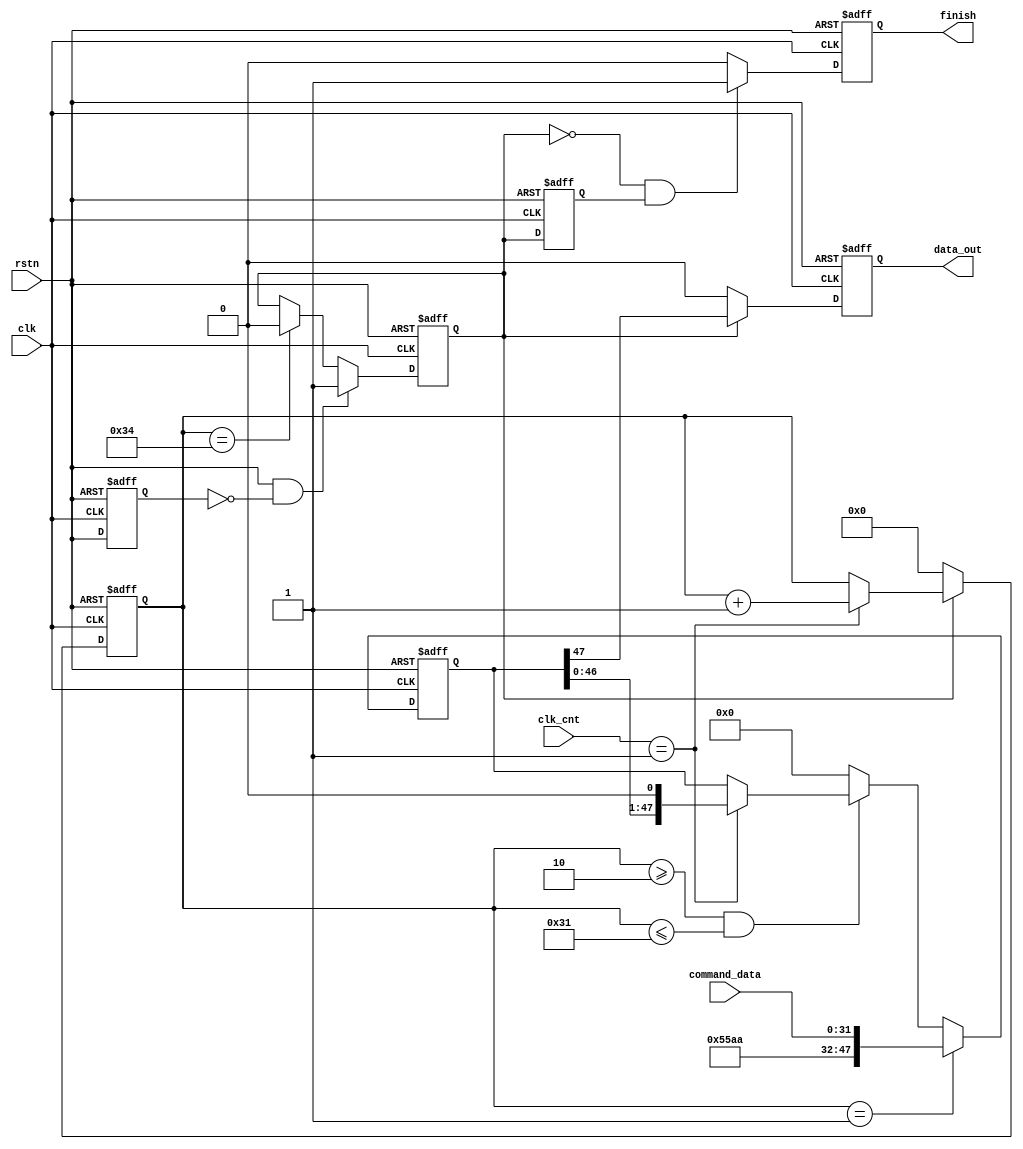
module HDLC_command_tx (
                        clk,
						rstn,
						clk_cnt,
						command_data,
						data_out,
						finish
						);

input         clk;
input         rstn;
input   [1:0] clk_cnt;
input  [31:0] command_data;
output        data_out;
output        finish;

reg rstn_dly;

always @(posedge clk or negedge rstn)
begin
     if (!rstn)
	    rstn_dly <= 1'b0;
	 else
	    rstn_dly <= rstn;
end

reg ctrl_cnt_en;
reg [5:0] ctrl_cnt;

always @(posedge clk or negedge rstn)
begin
     if (!rstn)
	    ctrl_cnt_en <= 1'b0;
	 else if (rstn == 1'b1 && rstn_dly == 1'b0)
	    ctrl_cnt_en <= 1'b1;
	 else if (ctrl_cnt == 6'd52)
	    ctrl_cnt_en <= 1'b0;
end

always @(posedge clk or negedge rstn)
begin
     if (!rstn)
	    ctrl_cnt <= 6'd0;
	 else if (ctrl_cnt_en == 1'b1)
	    begin
		if (clk_cnt == 2'd1)
		   ctrl_cnt <= ctrl_cnt + 1'b1;
		end
	 else
	    ctrl_cnt <= 6'd0;
end

reg [47:0] command_data_reg;

always @(posedge clk or negedge rstn)
begin
     if (!rstn)
	    command_data_reg <= 48'd0;
	 else if (ctrl_cnt == 6'd1)
	    command_data_reg <= {16'h55aa,command_data};
	 else if (ctrl_cnt >= 6'd2 && ctrl_cnt <= 6'd49)
	    begin
		if (clk_cnt == 2'd1)
		command_data_reg <= {command_data_reg[46:0],1'b0};
		end
	 else
	    command_data_reg <= 48'd0;
end

reg data_out;

always @(posedge clk or negedge rstn)
begin
     if (!rstn)
	    data_out <= 1'b0;
	 else if (ctrl_cnt_en == 1'b1)
	    data_out <= command_data_reg[47];
	 else
	    data_out <= 1'b0;
end

reg ctrl_cnt_en_dly;

always @(posedge clk or negedge rstn)
begin
     if (!rstn)
	    ctrl_cnt_en_dly <= 1'b0;
	 else
	    ctrl_cnt_en_dly <= ctrl_cnt_en;
end

reg finish;

always @(posedge clk or negedge rstn)
begin
     if (!rstn)
	    finish <= 1'b0;
	 else if (ctrl_cnt_en == 1'b0 && ctrl_cnt_en_dly == 1'b1)
	    finish <= 1'b1;
	 else
	    finish <= 1'b0;
end

endmodule